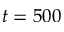
t = 5 0 0